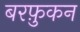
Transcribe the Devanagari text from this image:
बरफ़ुकन